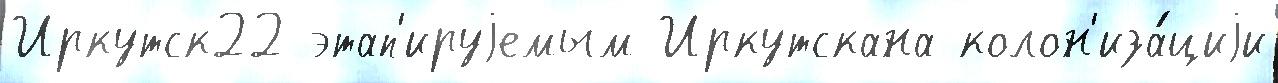
Иркутск22 этап'ируjемым Иркутскана колон'иза́циjи